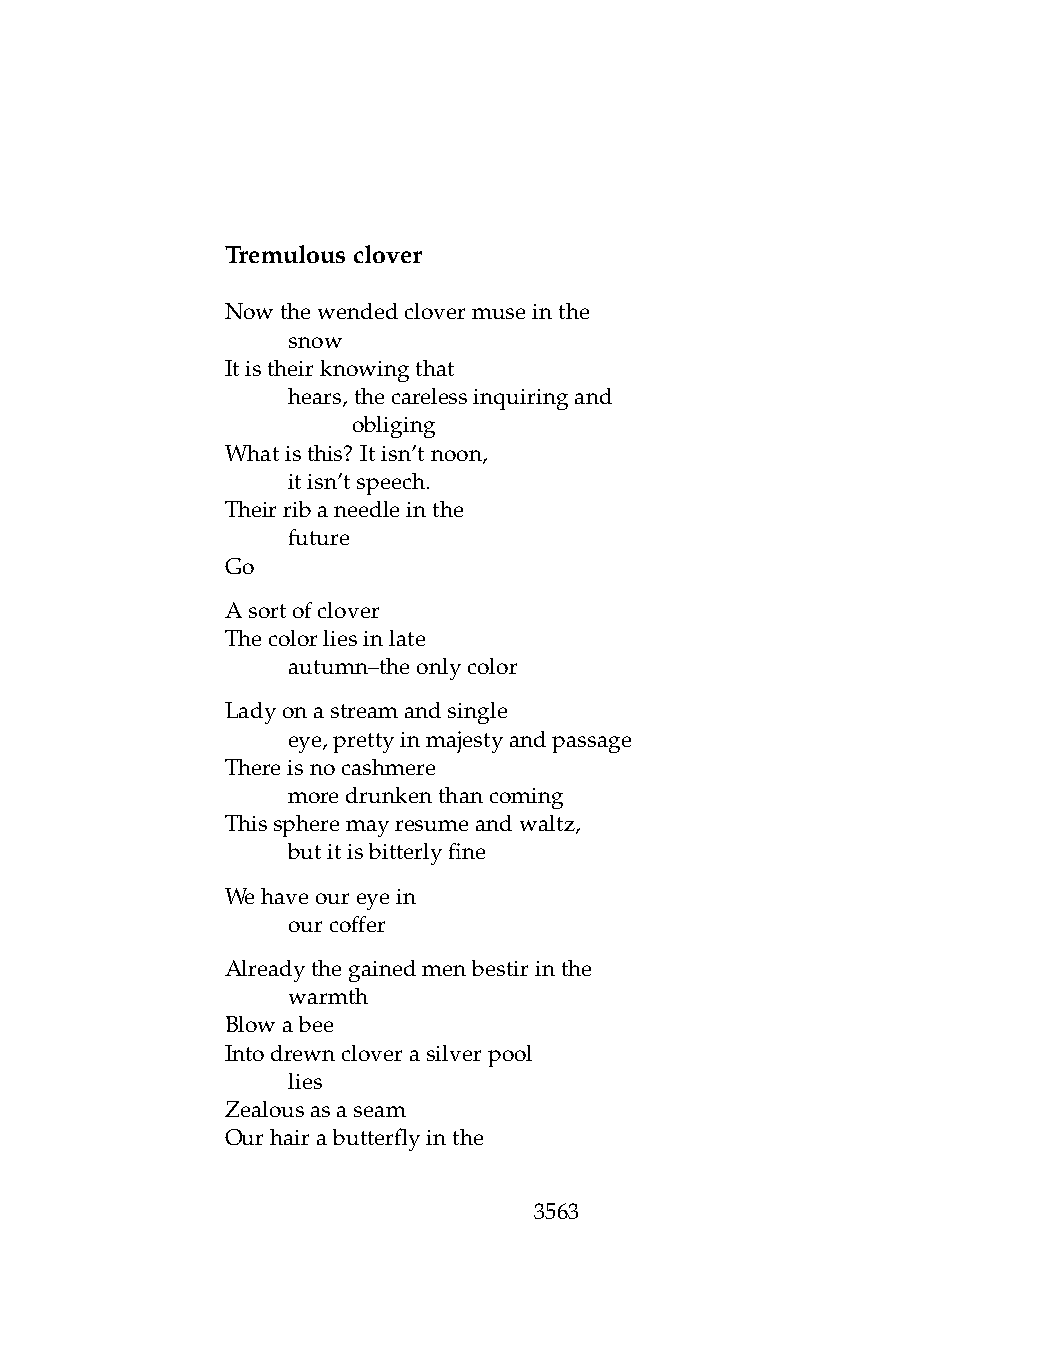
Tremulousclover
 Nowthewendedclovermuseinthe
 .   snow
 Itistheirknowingthat
 .   hears,thecarelessinquiringand
 .   .   obliging
 Whatisthis? Itisn’tnoon,
 .   itisn’tspeech.
 Theirribaneedleinthe
 .   future
 Go
 Asortofclover
 Thecolorliesinlate
 .   autumn–theonlycolor
 Ladyonastreamandsingle
 .   eye,prettyinmajestyandpassage
 Thereisnocashmere
 .   moredrunkenthancoming
 Thisspheremayresumeandwaltz,
 .   butitisbitterlyfine
 Wehaveoureyein
 .   ourcoffer
 Alreadythegainedmenbestirinthe
 .   warmth
 Blowabee
 Intodrewncloverasilverpool
 .   lies
 Zealousasaseam
 Ourhairabutterflyinthe
 3563